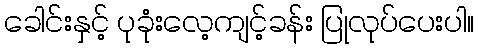
ခေါင်းနှင့် ပုခုံးလေ့ကျင့်ခန်း ပြုလုပ်ပေးပါ။